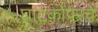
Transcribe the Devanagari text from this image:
घाटकोपरचे